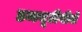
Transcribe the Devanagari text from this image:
डब्ल्यूटीवीजे